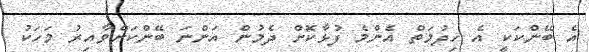
އެ ބޭންކަކީ އެ ހިދުމަތް އެންމެ ފުޅާކޮށް ދެމުން އަންނަ ބޭންކަށްވާއިރު މަހަކު